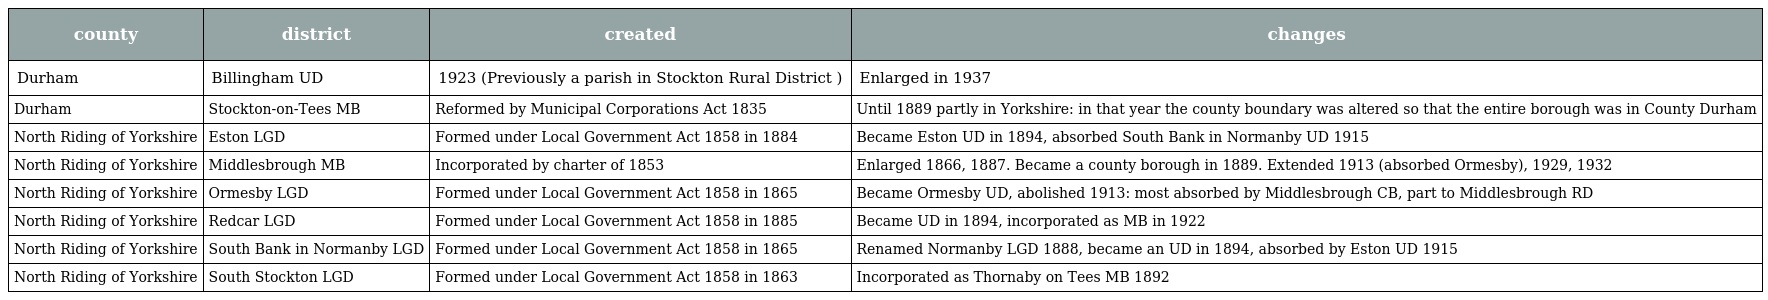
| county | district | created | changes |
 | --- | --- | --- | --- |
 | Durham | Billingham UD | 1923 (Previously a parish in Stockton Rural District ) | Enlarged in 1937 |
 | Durham | Stockton-on-Tees MB | Reformed by Municipal Corporations Act 1835 | Until 1889 partly in Yorkshire: in that year the county boundary was altered so that the entire borough was in County Durham |
 | North Riding of Yorkshire | Eston LGD | Formed under Local Government Act 1858 in 1884 | Became Eston UD in 1894, absorbed South Bank in Normanby UD 1915 |
 | North Riding of Yorkshire | Middlesbrough MB | Incorporated by charter of 1853 | Enlarged 1866, 1887. Became a county borough in 1889. Extended 1913 (absorbed Ormesby), 1929, 1932 |
 | North Riding of Yorkshire | Ormesby LGD | Formed under Local Government Act 1858 in 1865 | Became Ormesby UD, abolished 1913: most absorbed by Middlesbrough CB, part to Middlesbrough RD |
 | North Riding of Yorkshire | Redcar LGD | Formed under Local Government Act 1858 in 1885 | Became UD in 1894, incorporated as MB in 1922 |
 | North Riding of Yorkshire | South Bank in Normanby LGD | Formed under Local Government Act 1858 in 1865 | Renamed Normanby LGD 1888, became an UD in 1894, absorbed by Eston UD 1915 |
 | North Riding of Yorkshire | South Stockton LGD | Formed under Local Government Act 1858 in 1863 | Incorporated as Thornaby on Tees MB 1892 |